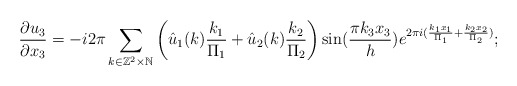
\begin{align*}\frac{\partial u_3}{\partial x_3}=-i 2\pi \sum_{k\in \mathbb{Z}^2 \times \mathbb{N}}\left(\hat{u}_1(k)\frac{k_1}{\Pi_1}+\hat{u}_2(k)\frac{k_2}{\Pi_2}\right)\sin(\frac{\pi k_3x_3}{h}) e^{2\pi i (\frac{k_1x_1}{\Pi_1}+\frac{k_2x_2}{\Pi_2})};\end{align*}